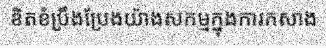
ខិតខំប្រឹងប្រែងយ៉ាងសកម្មក្នុងការកសាង